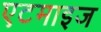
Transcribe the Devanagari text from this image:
एटमाइज